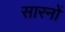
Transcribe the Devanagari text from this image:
सारनों